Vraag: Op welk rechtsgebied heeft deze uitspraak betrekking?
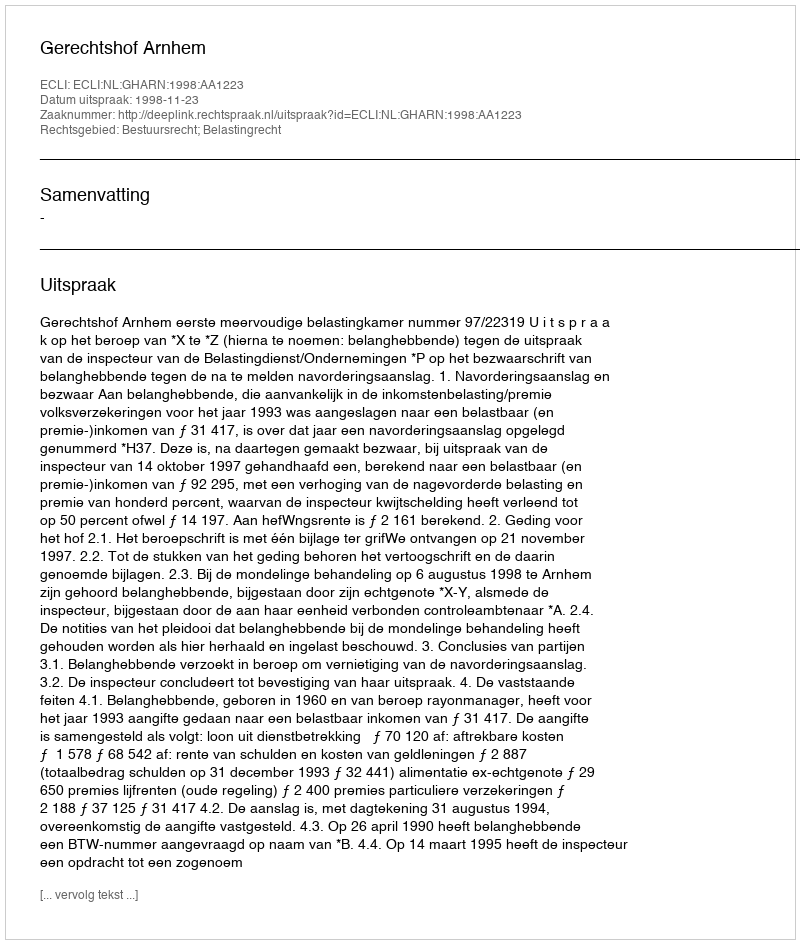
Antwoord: Bestuursrecht; Belastingrecht